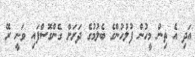
އަދި އެ ތިން މީހުން ފުލުހުންގެ ބެލުމުގެ ދަށަށް ގެންގޮސްފައި ވަނީ ރޭ